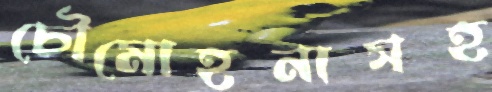
চৌমোহনাসহ